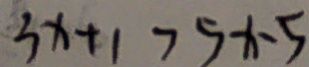
3 x + 1 > 5 x - 5